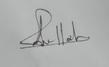
Signature authenticity: genuine